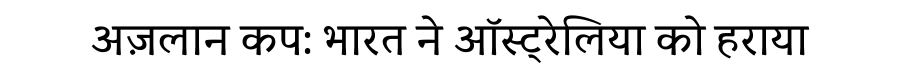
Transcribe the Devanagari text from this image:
अज़लान कप: भारत ने ऑस्ट्रेलिया को हराया